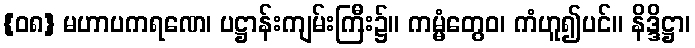
{၀၈} မဟာပကရဏေ၊ ပဋ္ဌာန်းကျမ်းကြီး၌။ ကမ္မံတွေဝ၊ ကံဟူ၍ပင်။ နိဒ္ဒိဋ္ဌာ၊